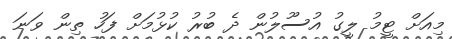
މިއަށް ޓީމު ލީގު އުސޫލުން ދެ ބުރު ކުޅުމަށް ފަހު ތިން ވަނަ